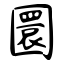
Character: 圜